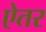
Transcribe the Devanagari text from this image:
ऐतर